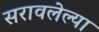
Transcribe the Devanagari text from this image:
सरावलेल्या